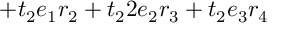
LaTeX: + t _ { 2 } e _ { 1 } r _ { 2 } + t _ { 2 } 2 e _ { 2 } r _ { 3 } + t _ { 2 } e _ { 3 } r _ { 4 }